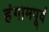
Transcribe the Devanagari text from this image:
हंगामपूर्व